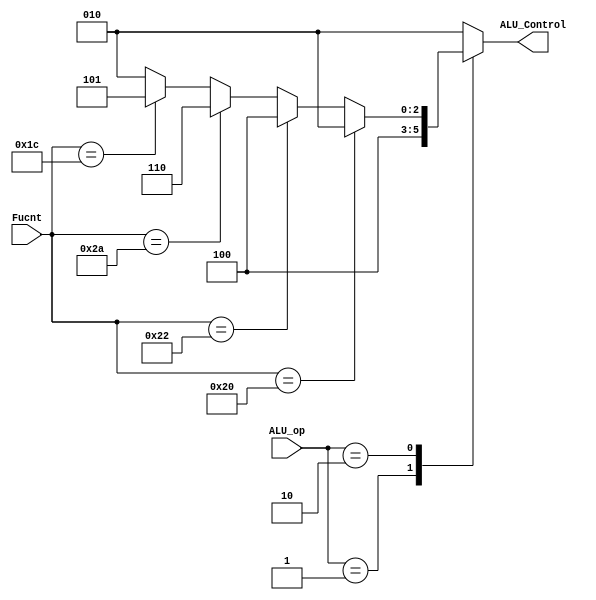
module ALU_decoder(
    input[1:0] ALU_op,
    input[5:0] Fucnt,
    output reg[2:0] ALU_Control
);
    localparam add = 3'b010;
    localparam sub = 3'b100;
    localparam slt = 3'b110;
    localparam mult= 3'b101;

    always @(*)
    begin
        case(ALU_op)
        2'b00:
            ALU_Control <= add;
        2'b01:
            ALU_Control <= sub;
        2'b10:
            if(Fucnt == 6'b100000)
                ALU_Control <= add;

            else if(Fucnt == 6'b100010)
                ALU_Control <= sub;

            else if(Fucnt == 6'b101010)
                ALU_Control <= slt;

            else if(Fucnt == 6'b011100)
                ALU_Control <= mult;

            else
                ALU_Control <= add;
        default:
            ALU_Control <= add;
        endcase
    end
endmodule